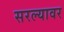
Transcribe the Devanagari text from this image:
सरल्यावर